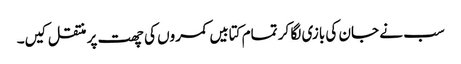
سب نے جان کی بازی لگا کر تمام کتابیں کمروں کی چھت پر منتقل کیں۔